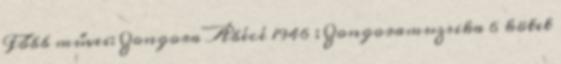
Főbb művei: Zongora Ábécé 1946 ; Zongoramuzsika 6 kötet